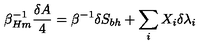
\beta _ { H m } ^ { - 1 } { \frac { \delta A } { 4 } } = \beta ^ { - 1 } \delta S _ { b h } + \sum _ { i } X _ { i } \delta \lambda _ { i }